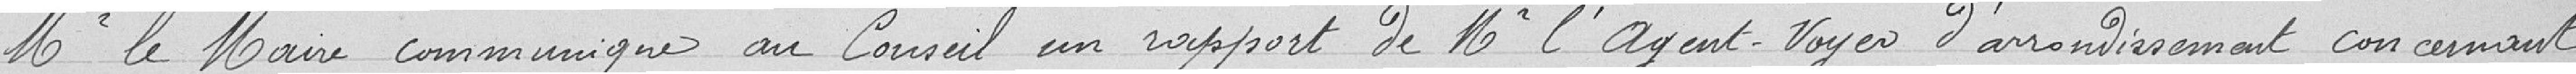
Monsieur le Maire communique au Conseil un rapport de Monsieur l'agent Voyer d'arrondissement concernant